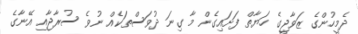
ދެމީހުންގެ ޒަވާޖީގެ ހަޔާތް ފަށައިގެން މާ ގިނަ ދުވަސްތަކެއް ނުވެ ސުރާޖާއި އޭނާގެ